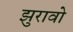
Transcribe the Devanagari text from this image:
झुरावो